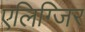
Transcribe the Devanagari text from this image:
एलिग्जिर